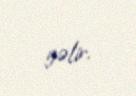
gəlir.